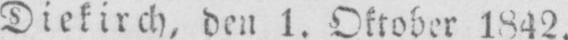
Diekirch, den l. Oktober 1842.